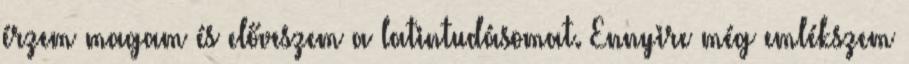
érzem magam és előveszem a latintudásomat. Ennyire még emlékszem